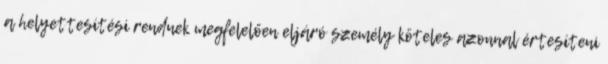
a helyettesítési rendnek megfelelően eljáró személy köteles azonnal értesíteni